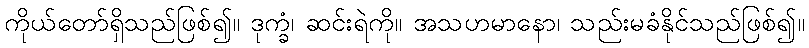
ကိုယ်တော်ရှိသည်ဖြစ်၍။ ဒုက္ခံ၊ ဆင်းရဲကို။ အသဟမာနော၊ သည်းမခံနိုင်သည်ဖြစ်၍။